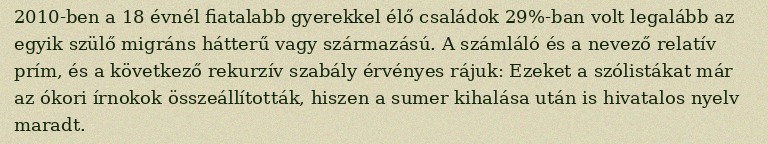
2010-ben a 18 évnél fiatalabb gyerekkel élő családok 29%-ban volt legalább az egyik szülő migráns hátterű vagy származású. A számláló és a nevező relatív prím, és a következő rekurzív szabály érvényes rájuk: Ezeket a szólistákat már az ókori írnokok összeállították, hiszen a sumer kihalása után is hivatalos nyelv maradt.